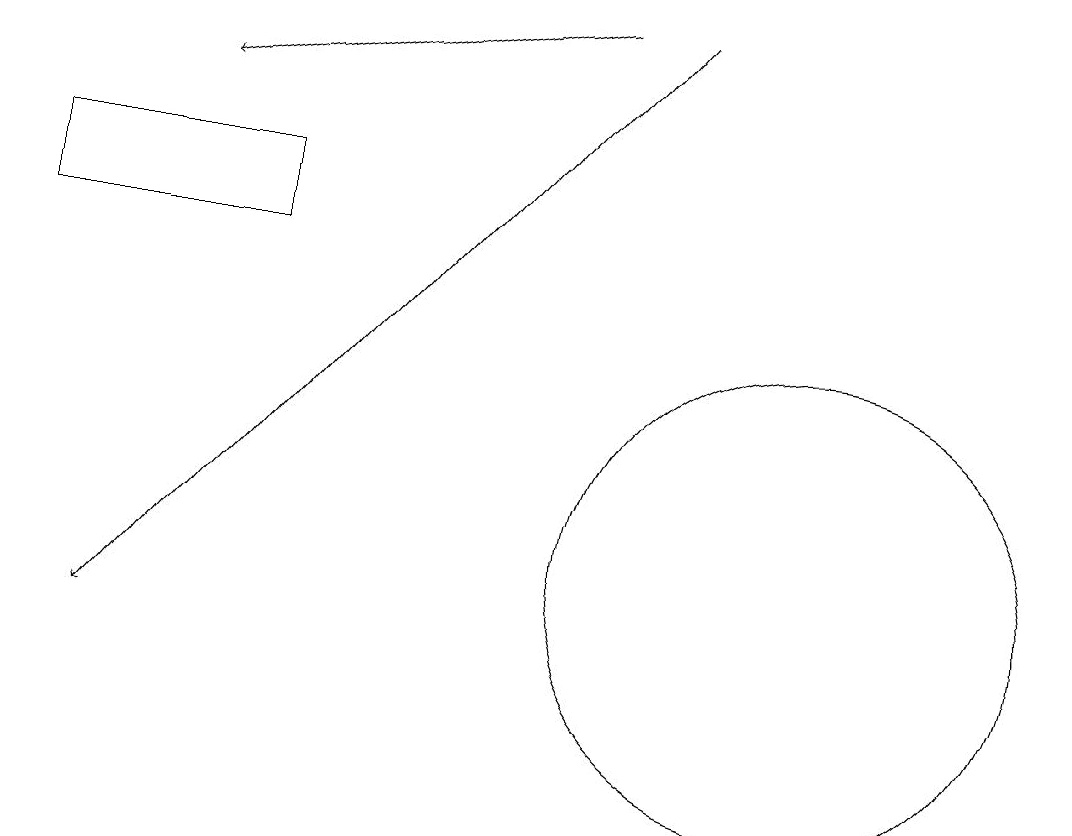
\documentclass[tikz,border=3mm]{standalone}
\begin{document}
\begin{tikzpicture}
\draw[->] (7,19) -- (2,18);
\draw (10,12) circle (3);
\draw (0,17) rectangle (3,16);
\draw[->] (8,19) -- (1,11);
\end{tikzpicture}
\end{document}